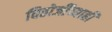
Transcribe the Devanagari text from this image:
विठोजींच्याही